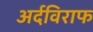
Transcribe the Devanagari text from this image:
अर्दविराफ